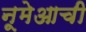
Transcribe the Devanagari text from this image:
नूमेआची